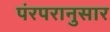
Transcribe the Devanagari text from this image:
पंरपरानुसार